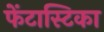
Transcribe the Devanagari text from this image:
फेंटास्टिका